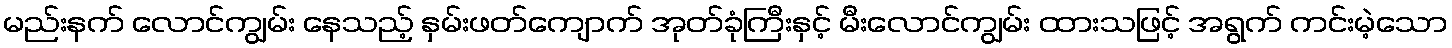
မည်းနက် လောင်ကျွမ်း နေသည့် နှမ်းဖတ်ကျောက် အုတ်ခုံကြီးနှင့် မီးလောင်ကျွမ်း ထားသဖြင့် အရွက် ကင်းမဲ့သော